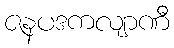
ဇနပဒကလျာဏီ